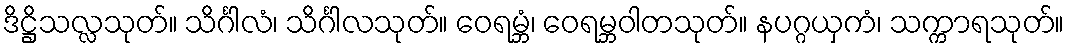
ဒိဋ္ဌိသလ္လသုတ်။ သိင်္ဂါလံ၊ သိင်္ဂါလသုတ်။ ဝေရမ္ဘံ၊ ဝေရမ္ဘဝါတသုတ်။ နပဂ္ဂယှကံ၊ သက္ကာရသုတ်။